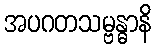
အပဂတသမ္ဗန္ဓာနိ